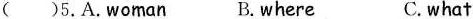
( )5. A. Woman B. where C. what